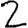
Digit: 2